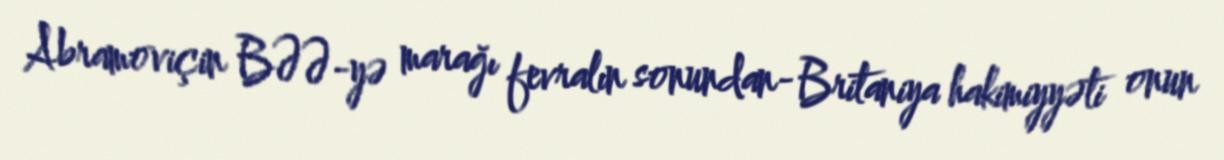
Abramoviçin BƏƏ-yə marağı fevralın sonundan- Britaniya hakimiyyəti onun